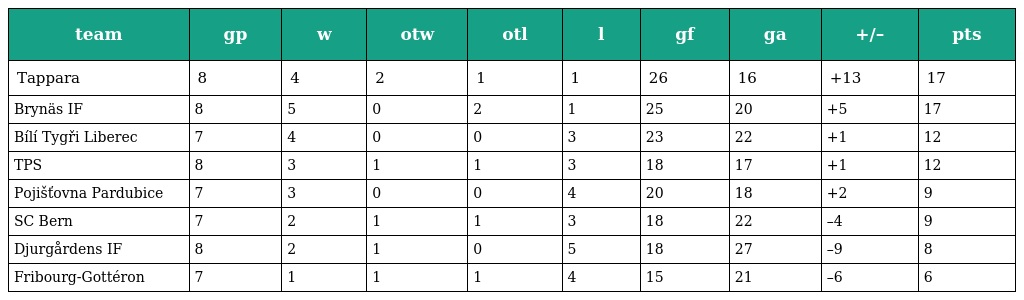
| team | gp | w | otw | otl | l | gf | ga | +/– | pts |
 | --- | --- | --- | --- | --- | --- | --- | --- | --- | --- |
 | Tappara | 8 | 4 | 2 | 1 | 1 | 26 | 16 | +13 | 17 |
 | Brynäs IF | 8 | 5 | 0 | 2 | 1 | 25 | 20 | +5 | 17 |
 | Bílí Tygři Liberec | 7 | 4 | 0 | 0 | 3 | 23 | 22 | +1 | 12 |
 | TPS | 8 | 3 | 1 | 1 | 3 | 18 | 17 | +1 | 12 |
 | Pojišťovna Pardubice | 7 | 3 | 0 | 0 | 4 | 20 | 18 | +2 | 9 |
 | SC Bern | 7 | 2 | 1 | 1 | 3 | 18 | 22 | –4 | 9 |
 | Djurgårdens IF | 8 | 2 | 1 | 0 | 5 | 18 | 27 | –9 | 8 |
 | Fribourg-Gottéron | 7 | 1 | 1 | 1 | 4 | 15 | 21 | –6 | 6 |